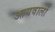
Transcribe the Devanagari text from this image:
आयवालों